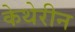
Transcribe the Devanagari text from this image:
केथेरीन